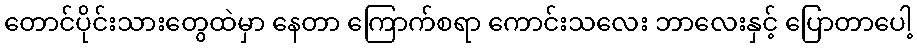
တောင်ပိုင်းသားတွေထဲမှာ နေတာ ကြောက်စရာ ကောင်းသလေး ဘာလေးနှင့် ပြောတာပေါ့